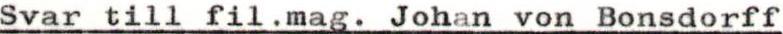
Svar till fil.mag. Johan von Bonsdorff